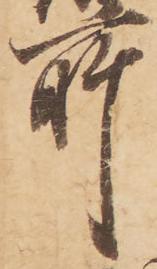
所